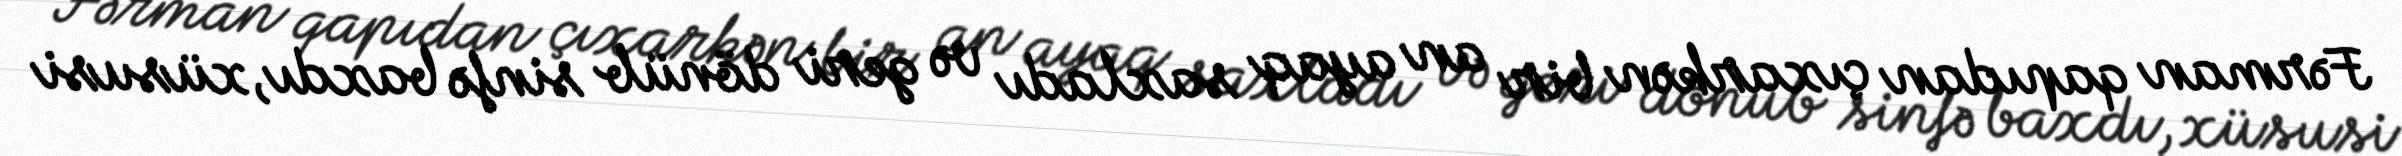
Fərman qapıdan çıxarkən bir an ayaq saxladı və geri dönüb sinfə baxdı, xüsusi